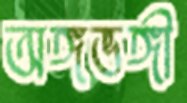
অঙ্গভঙ্গী